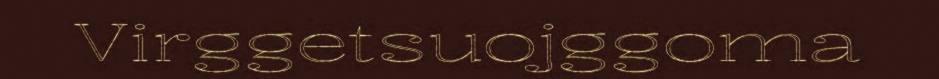
Virggetsuojggoma